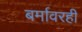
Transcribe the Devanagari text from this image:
बर्मावरही